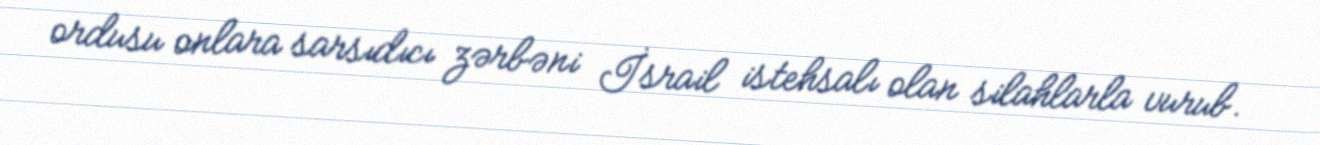
ordusu onlara sarsıdıcı zərbəni İsrail istehsalı olan silahlarla vurub.